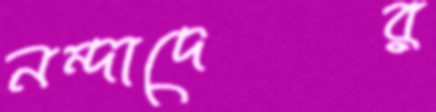
নন্দাদের